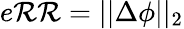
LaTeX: e\mathcal{R}\mathcal{R}=||\Delta\phi||_{2}